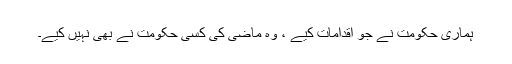
ہماری حکومت نے جو اقدامات کیے ، وہ ماضی کی کسی حکومت نے بھی نہیں کیے۔